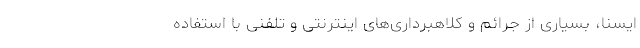
ایسنا، بسیاری از جرائم و کلاهبرداری‌های اینترنتی و تلفنی با استفاده